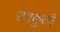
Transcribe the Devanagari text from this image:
शषकुली